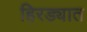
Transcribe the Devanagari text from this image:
हिरड्यात